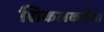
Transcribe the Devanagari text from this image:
शिकलकरीचा